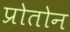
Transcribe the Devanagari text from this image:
प्रोतोन